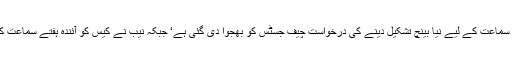
حدیبیہ ریفرنس کھولنے کی اپیل کی سماعت کے لیے نیا بینچ تشکیل دینے کی درخواست چیف جسٹس کو بھجوا دی گئی ہے‘ جبکہ نیب نے کیس کو آئندہ ہفتے سماعت کیلئے مقرر کرنے کی استدعا کردی۔